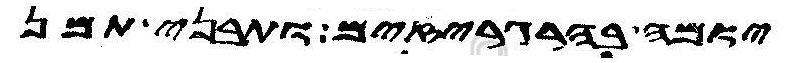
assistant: יומה בהרגריזים ותבני תמן